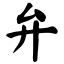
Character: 弁